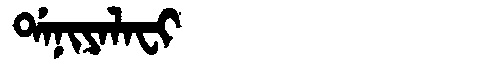
Manchu: ᡩᠠᠨᡳᠶᠠᠯᠠᠸᡳ
Romanization: DANIYALAFI